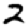
Digit: 2